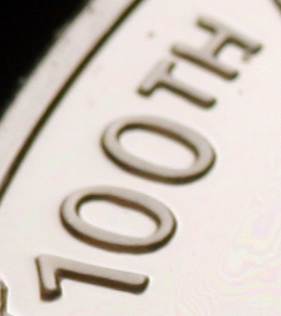
100TH